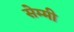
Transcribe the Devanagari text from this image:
सेम्मी